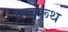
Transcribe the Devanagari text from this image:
प्रग्वरूथ